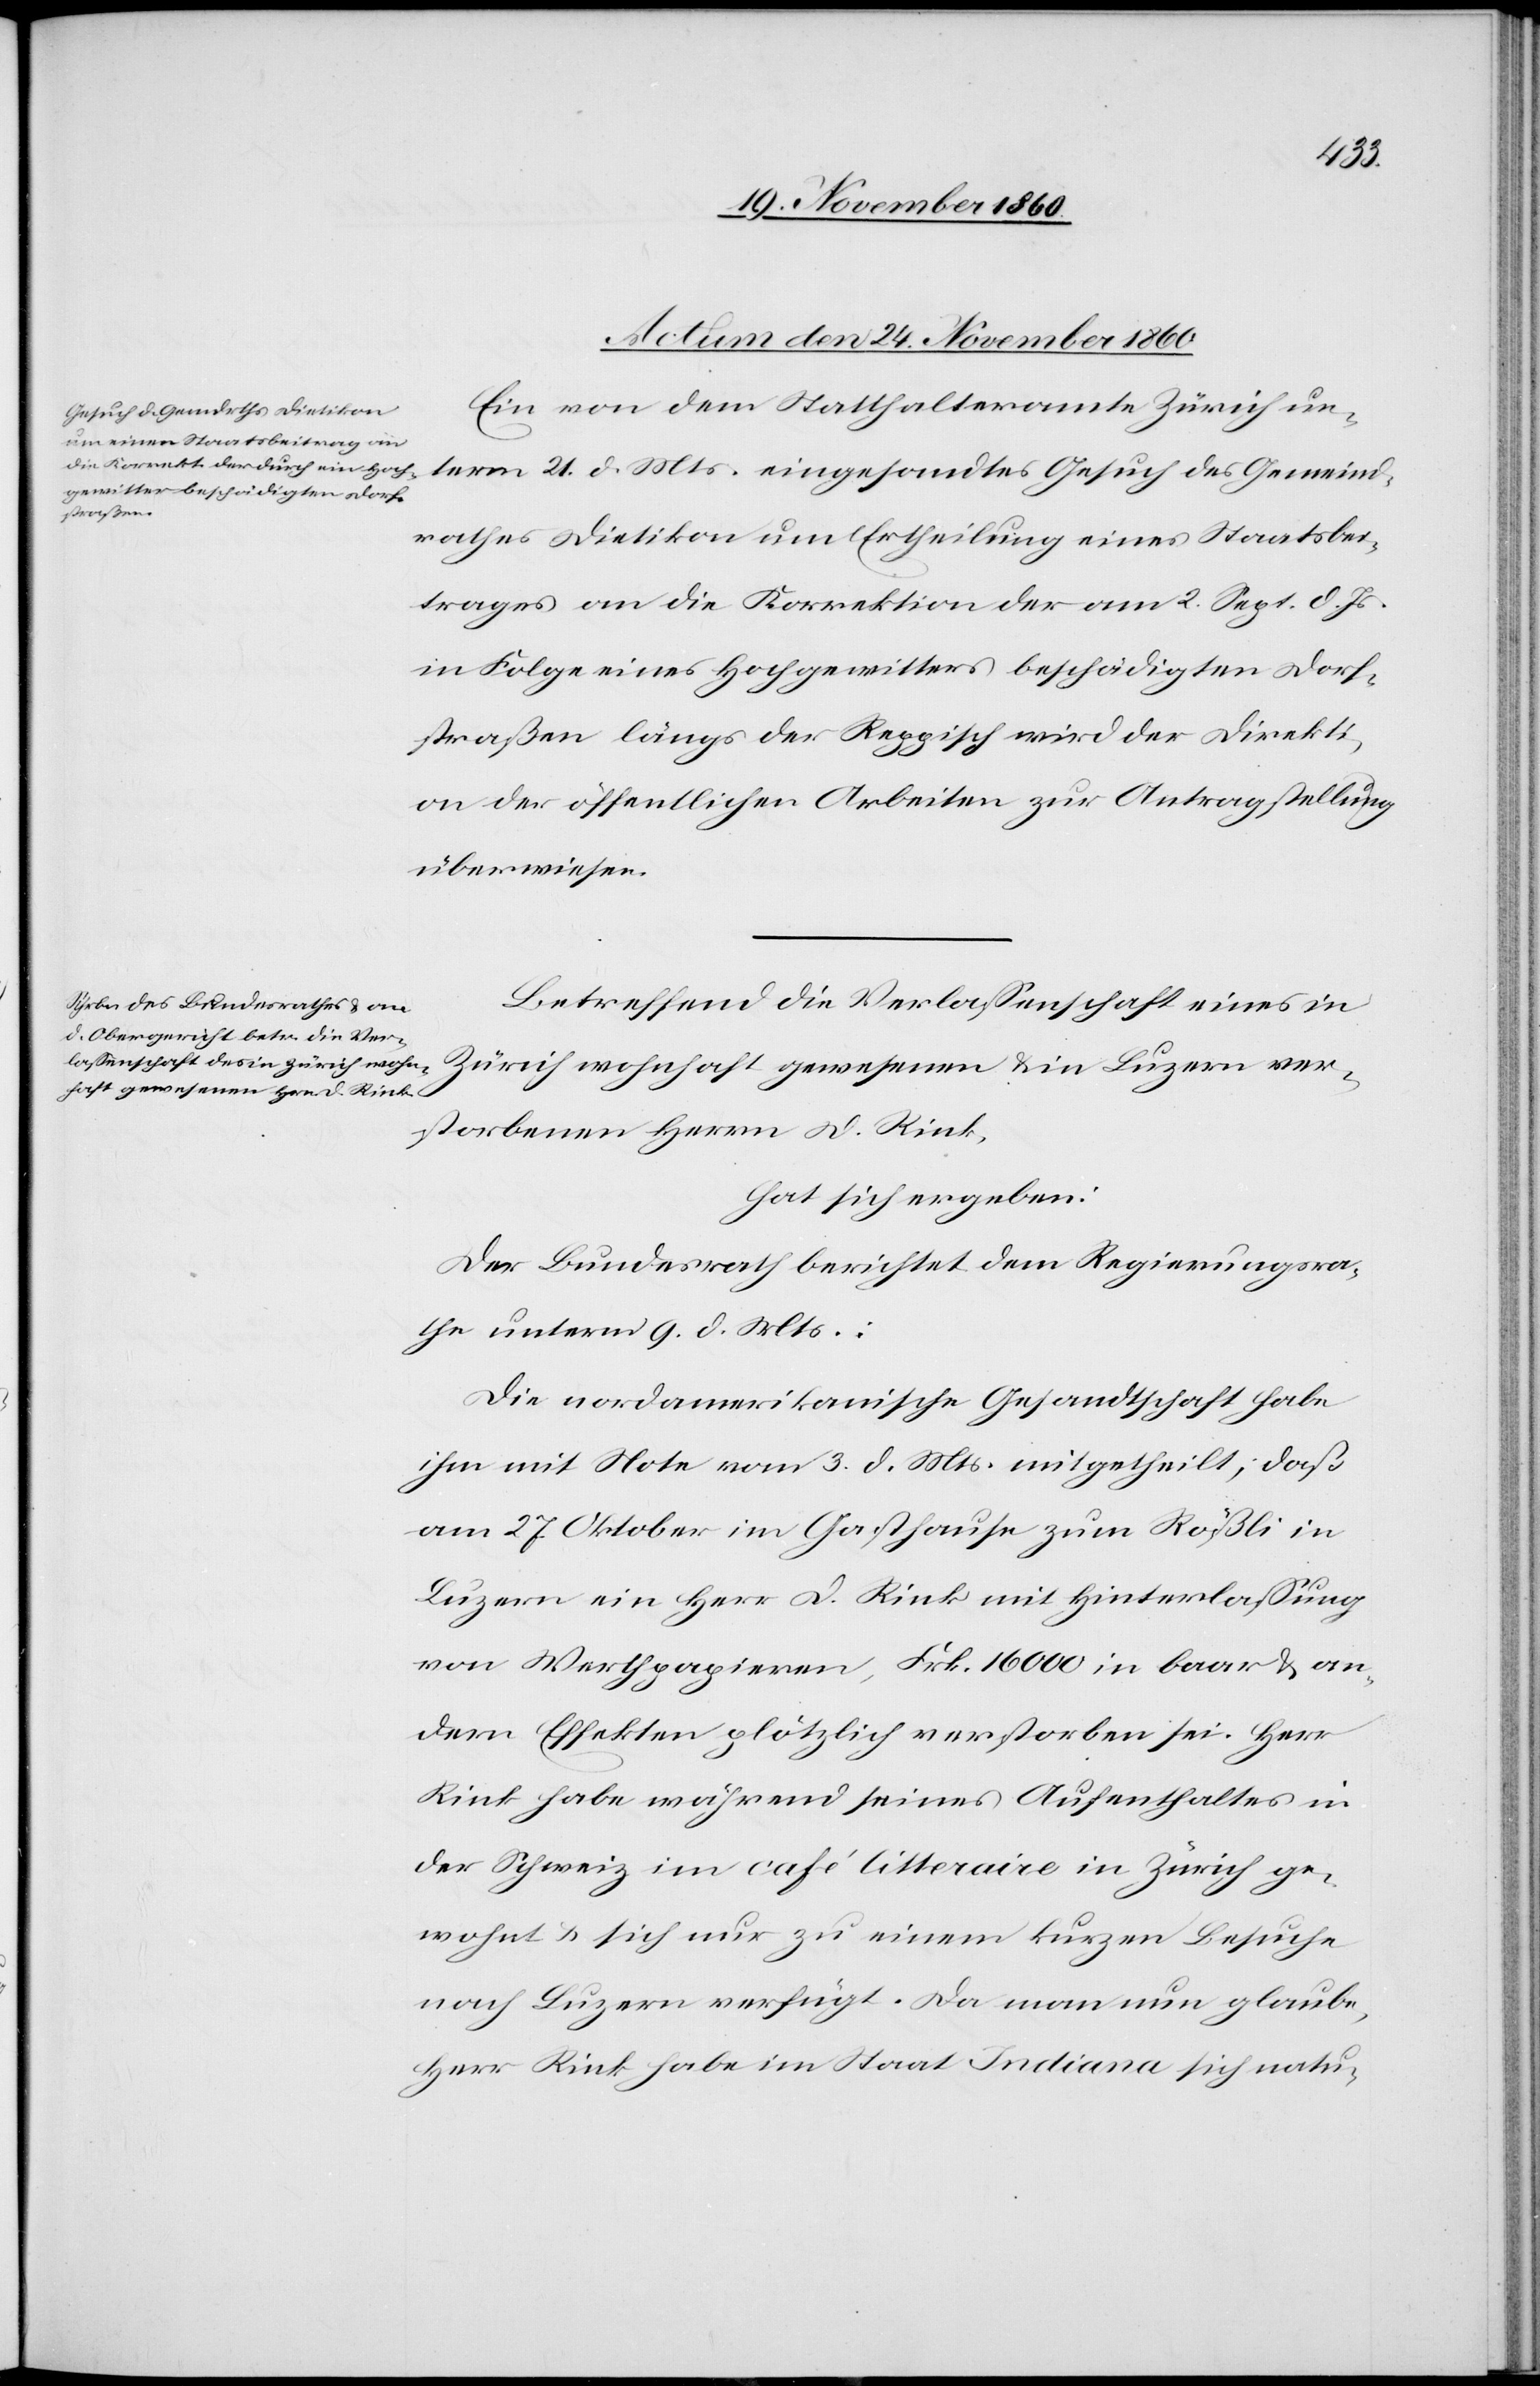
Actum den 24. November 1860.]
Ein von dem Statthalteramte Zürich un¬
term 21. d. Mts. eingesandtes Gesuch des Gemeind¬
rathes Dietikon um Ertheilung eines Staatsbei¬
trages an die Korrektion der am 2. Sept. d. Js.
in Folge eines Hochgewitters beschädigten Dorf¬
straßen längs der Reppisch wird der Direkti¬
on der öffentlichen Arbeiten zur Antragstellung
überwiesen.
Betreffend die Verlassenschaft eines in
Zürich wohnhaft gewesenen u. in Luzern ver¬
storbenen Herrn D. Rink,
hat sich ergeben:
Der Bundesrath berichtet dem Regierungsra¬
the unterm 9. d. Mts.:
Die nordamerikanische Gesandtschaft habe
ihm mit Note vom 3. d. Mts. mitgetheilt, daß
am 27. Oktober im Gasthause zum Rößli in
Luzern ein Herr D. Rink mit Hinterlassung
von Werthpapieren, Frk. 16 000 in baar u. an¬
dern Effekten plötzlich verstorben sei. Herr
Rink habe während seines Aufenthaltes in
der Schweiz im café litteraire in Zürich ge¬
wohnt u. sich nur zu einem kurzen Besuche
nach Luzern verfügt. Da man nun glaube,
Herr Rink habe im Staat Indiana sich natu-